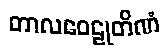
တာလဝေဠုတိဏံ